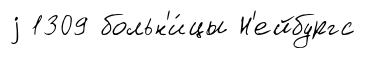
j 1309 больн'и́цы Н'ейбургс